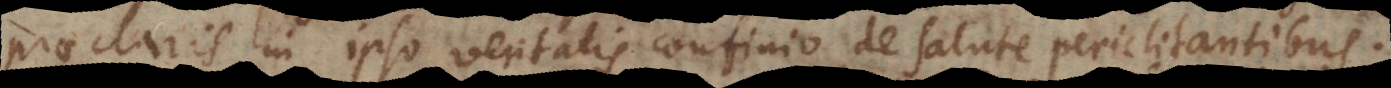
praeclaris in ipso veritatis confinio de salute periclitantibus.